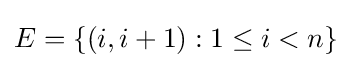
E=\{(i,i+1):1\leq i<n\}